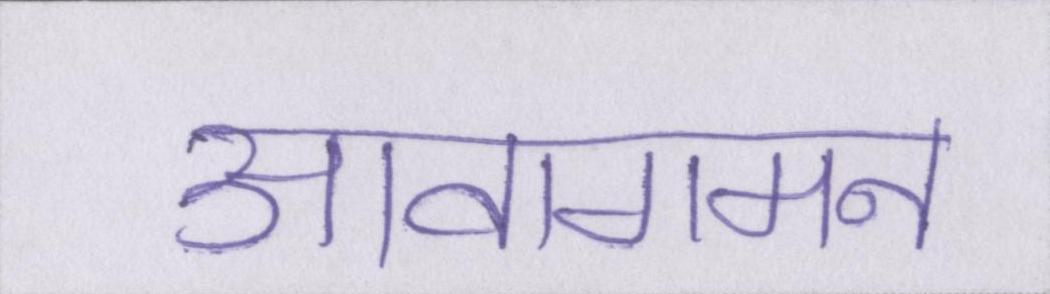
आवागमन